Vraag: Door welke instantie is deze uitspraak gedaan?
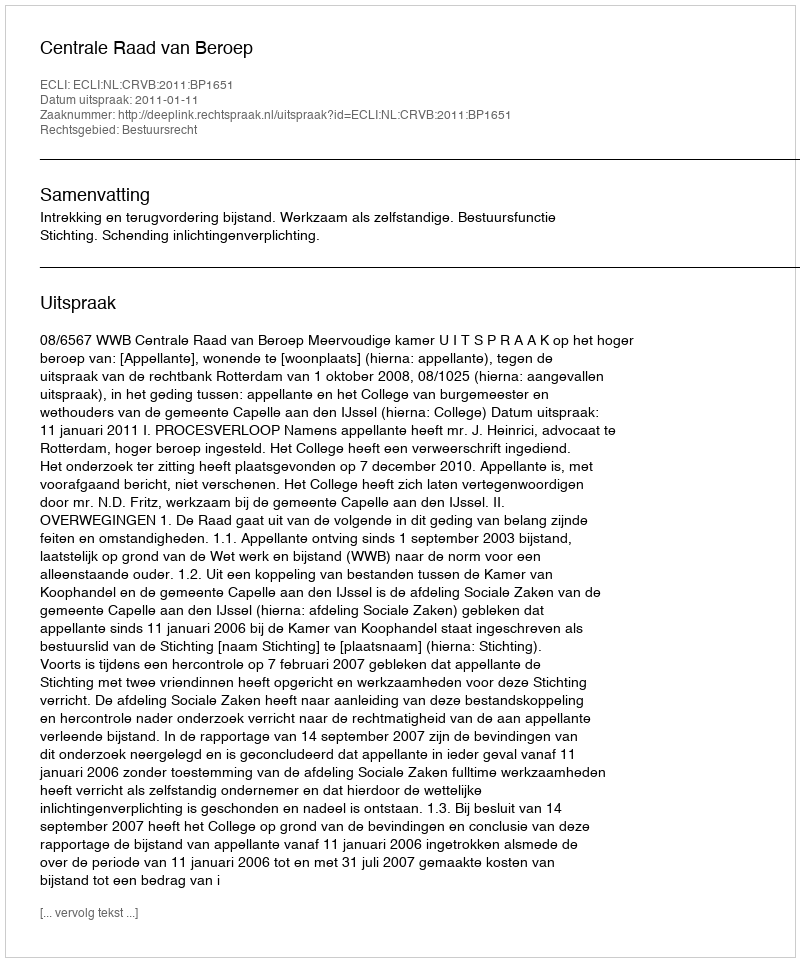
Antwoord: Centrale Raad van Beroep